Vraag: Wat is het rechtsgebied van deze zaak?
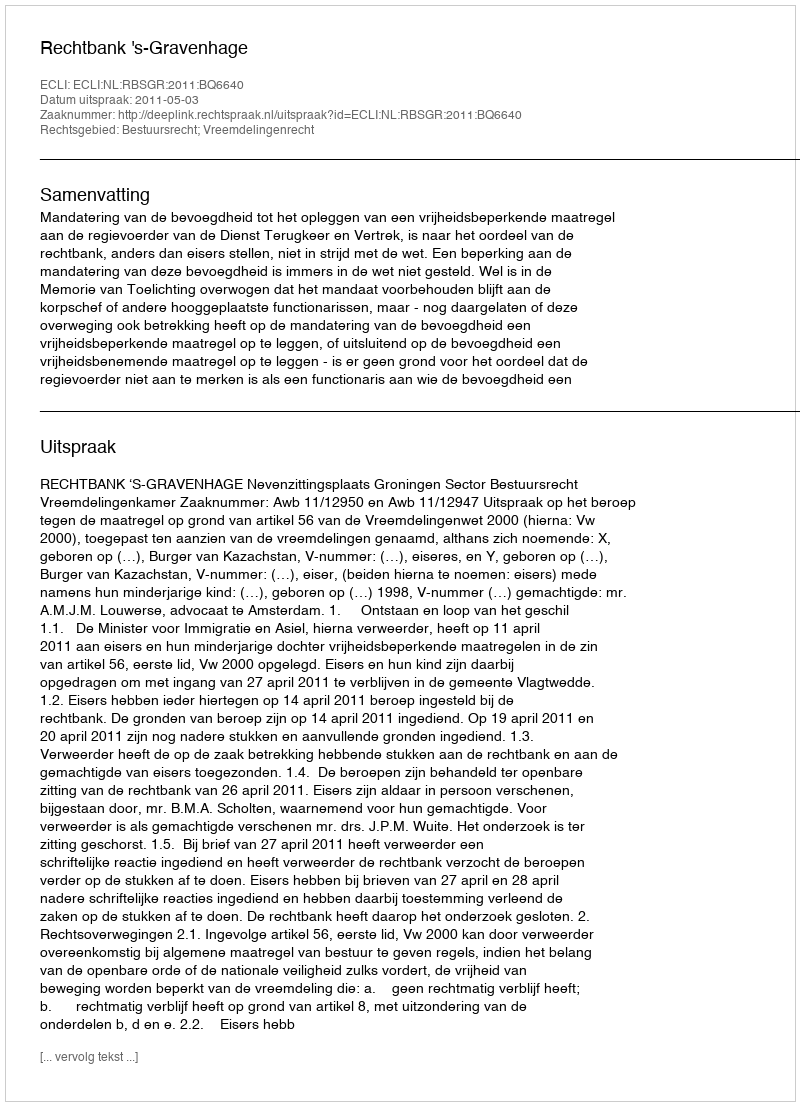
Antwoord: Bestuursrecht; Vreemdelingenrecht